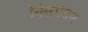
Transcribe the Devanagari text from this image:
निसर्गराज